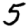
Digit: 5